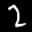
Label: 2